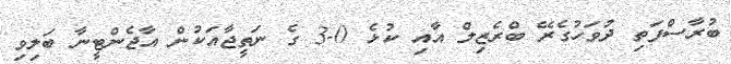
ބުރާސްފަތި ދުވަހުގެރޭ ބްރެޒިލް އާއި ކުޅެ 0-3 ގެ ނަތީޖާއަކުން އާޖެންޓީނާ ބަލިވި